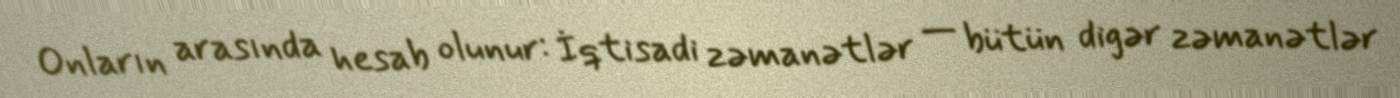
Onların arasında hesab olunur: İqtisadi zəmanətlər — bütün digər zəmanətlər